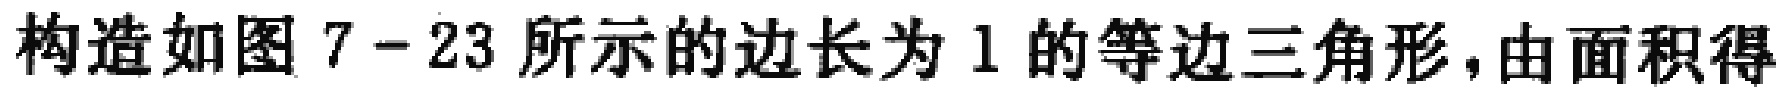
构造如图 7 - 23 所示的边长为 1 的等边三角形，由面积得